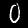
Label: 0